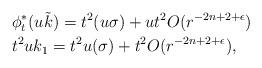
LaTeX: \begin{align*}&\phi_{t}^{\ast}(u \tilde{k})=t^{2}(u\sigma)+ut^{2}O(r^{-2n+2+\epsilon})\\&t^{2}uk_{1}=t^{2}u(\sigma)+t^{2}O(r^{-2n+2+\epsilon}),\end{align*}